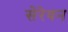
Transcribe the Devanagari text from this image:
सेरेवन